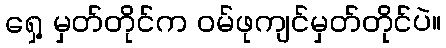
ရှေ့ မှတ်တိုင်က ဝမ်ဖုကျင်မှတ်တိုင်ပဲ။